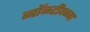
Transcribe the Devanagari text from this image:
ब्बॉळ्टीण्ग्ग